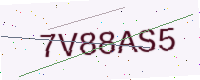
Text: 7V88AS5